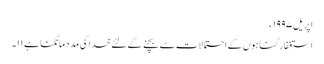
اپریل ١٩٩٧ء
استغفار گناہوں کے احتمالات سے بچنے کے لئے خدا کی مدد مانگنا ہے ١١۔